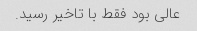
عالی بود فقط با تاخیر رسید.